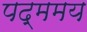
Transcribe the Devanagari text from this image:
पद्ममय